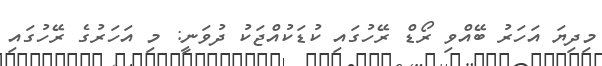
މިދިޔަ އަހަރު ބޭއްވި ރޯޑް ރޭހުގައި ކުޑަކުއްޖަކު ދުވަނީ: މި އަހަރުގެ ރޭހުގައި